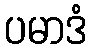
ပမာဒံ